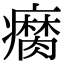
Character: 𤻚